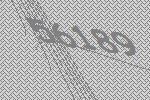
56189